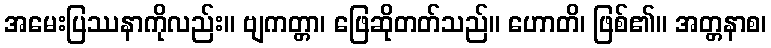
အမေးပြဿနာကိုလည်း။ ဗျကတ္တာ၊ ဖြေဆိုတတ်သည်။ ဟောတိ၊ ဖြစ်၏။ အတ္တနာစ၊